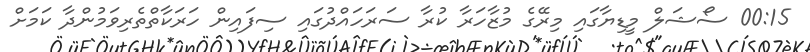
00:15 ސޯޝަލް މީޑިޔާގައި މިރޭގެ މުޒާހަރާ ކުރާ ސަރަހައްދުގައި ސިފައިން ހަރަކާތްތެރިވަމުންދާ ކަމަށް